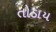
તોડાય